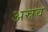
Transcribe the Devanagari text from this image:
अस्रव